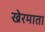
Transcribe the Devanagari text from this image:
खेरमाता